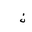
Letter: _non